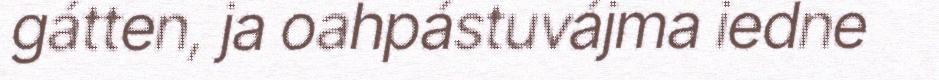
gátten, ja oahpástuvájma iedne